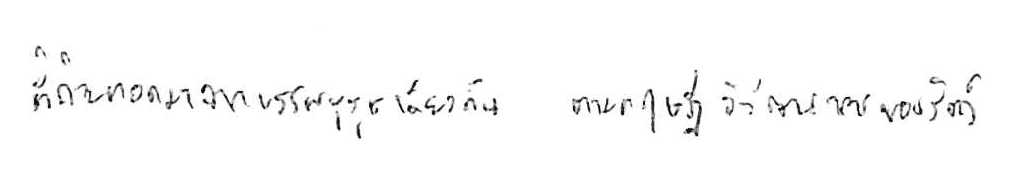
ที่ถ่ายทอดมาจากบรรพบุรุษเดียวกัน ตามทฤษฎีวิวัฒนาการของสัตว์